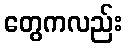
တွေကလည်း